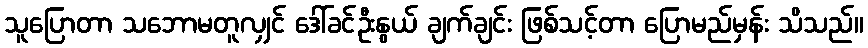
သူပြောတာ သဘောမတူလျှင် ဒေါ်ခင်ဦးနွယ် ချက်ချင်း ဖြစ်သင့်တာ ပြောမည်မှန်း သိသည်။